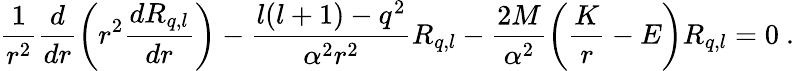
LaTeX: \frac 1{r^{2}}\frac d{dr}\left(r^{2}\frac{dR_{q,l}}{dr}\right)-\frac{l(l+1)-q^{2}}{\alpha^{2}r^{2}}R_{q,l}-\frac{2M}{\alpha^{2}}\left(\frac Kr-E\right)R_{q,l}=0\ .